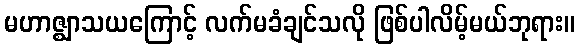
မဟာဇ္ဈာသယကြောင့် လက်မခံချင်သလို ဖြစ်ပါလိမ့်မယ်ဘုရား။